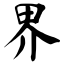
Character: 界